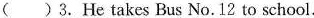
( )3. He takes Bus No.12 to school.